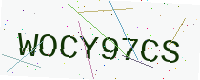
Text: WOCY97CS